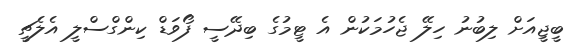
ބީޖީއަށް ލިބުނު ހިލޭ ޖެހުމަކުން އެ ޓީމުގެ ބިދޭސީ ފޯވަޑް ކިންގްސްލީ އެލެޗީ